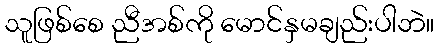
သူဖြစ်စေ ညီအစ်ကို မောင်နှမချည်းပါဘဲ။